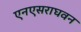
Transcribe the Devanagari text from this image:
एनएसराघवन